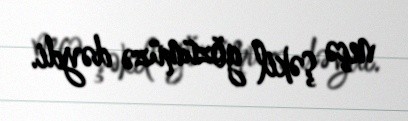
neçə şəkil gözümüzə dəydi.